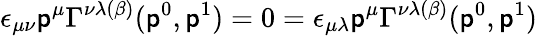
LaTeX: \epsilon_{\mu\nu}\mathsf{p}^{\mu}\Gamma^{\nu\lambda(\beta)}(\mathsf{p}^{0},\mathsf{p}^{1})=0=\epsilon_{\mu\lambda}\mathsf{p}^{\mu}\Gamma^{\nu\lambda(\beta)}(\mathsf{p}^{0},\mathsf{p}^{1})